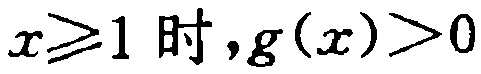
$x\geqslant1\text{ 时},g(x)>0$